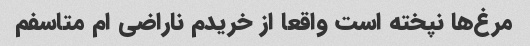
مرغ‌ها نپخته است واقعا از خریدم ناراضی ام متاسفم